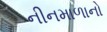
નીનમાળાનો